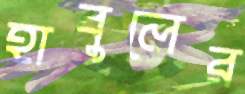
হাবুলের